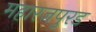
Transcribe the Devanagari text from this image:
महारजपुरड